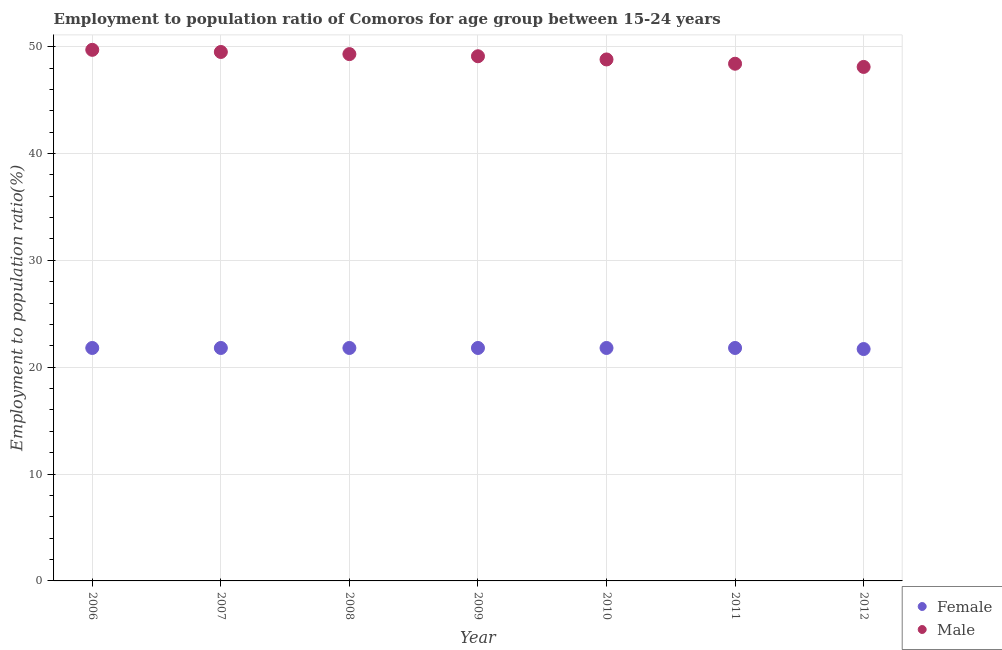
| Year | Female | Male |
 | --- | --- | --- |
 | 2006 | 21.8 | 49.7 |
 | 2007 | 21.8 | 49.5 |
 | 2008 | 21.8 | 49.3 |
 | 2009 | 21.8 | 49.1 |
 | 2010 | 21.8 | 48.8 |
 | 2011 | 21.8 | 48.4 |
 | 2012 | 21.7 | 48.1 |